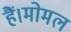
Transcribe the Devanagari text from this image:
हैं।मोमल